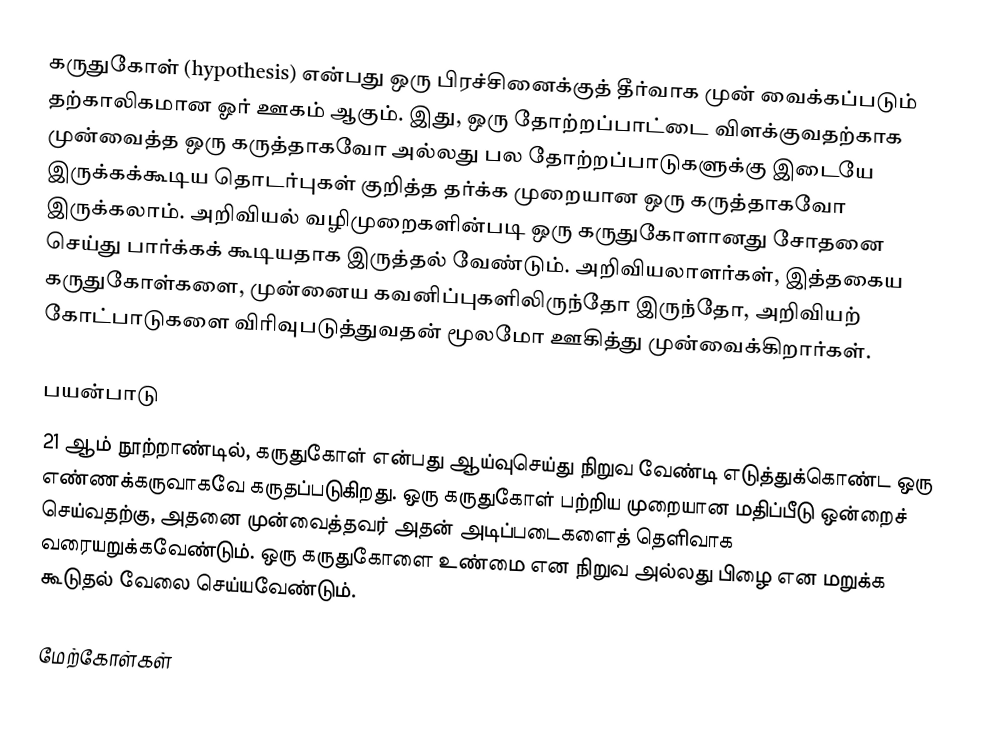
கருதுகோள் (hypothesis) என்பது ஒரு பிரச்சினைக்குத் தீர்வாக முன் வைக்கப்படும் தற்காலிகமான ஓர் ஊகம் ஆகும். இது, ஒரு தோற்றப்பாட்டை விளக்குவதற்காக முன்வைத்த ஒரு கருத்தாகவோ அல்லது பல தோற்றப்பாடுகளுக்கு இடையே இருக்கக்கூடிய தொடர்புகள் குறித்த தர்க்க முறையான ஒரு கருத்தாகவோ இருக்கலாம். அறிவியல் வழிமுறைகளின்படி ஒரு கருதுகோளானது சோதனை செய்து பார்க்கக் கூடியதாக இருத்தல் வேண்டும். அறிவியலாளர்கள், இத்தகைய கருதுகோள்களை, முன்னைய கவனிப்புகளிலிருந்தோ இருந்தோ, அறிவியற் கோட்பாடுகளை விரிவுபடுத்துவதன் மூலமோ ஊகித்து முன்வைக்கிறார்கள்.

பயன்பாடு
21 ஆம் நூற்றாண்டில், கருதுகோள் என்பது ஆய்வுசெய்து நிறுவ வேண்டி எடுத்துக்கொண்ட ஒரு எண்ணக்கருவாகவே கருதப்படுகிறது. ஒரு கருதுகோள் பற்றிய முறையான மதிப்பீடு ஒன்றைச் செய்வதற்கு, அதனை முன்வைத்தவர் அதன் அடிப்படைகளைத் தெளிவாக வரையறுக்கவேண்டும். ஒரு கருதுகோளை உண்மை என நிறுவ அல்லது பிழை என மறுக்க கூடுதல் வேலை செய்யவேண்டும்.

மேற்கோள்கள்